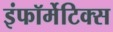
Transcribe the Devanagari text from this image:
इंफॉर्मेटिक्स